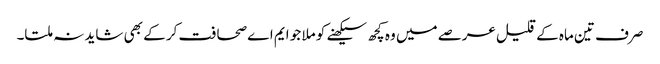
صرف تین ماہ کے قلیل عرصے میں وہ کچھ سیکھنے کو ملا جو ایم اے صحافت کر کے بھی شاید نہ ملتا۔